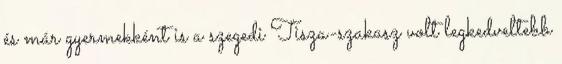
és már gyermekként is a szegedi Tisza-szakasz volt legkedveltebb